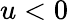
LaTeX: u<0